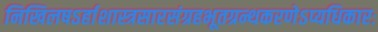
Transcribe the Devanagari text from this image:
निखिलषऽर्हाशास्त्रसारसंग्रहभूतग्रन्थकरणेऽप्यधिकारः